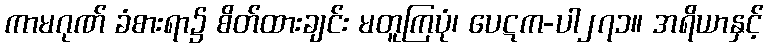
ကာမဂုဏ် ခံစားရာ၌ စိတ်ထားချင်း မတူကြပုံ၊ ပေဋက-ပါ၂၇၁။ အရိယာနှင့်